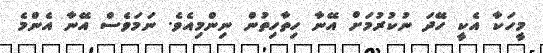
މީހަކާ އެކީ ހޭދަ ނުކުރުމަށް އޭނާ ހިތާހިތުން ނިންމިއެވެ. ނަމަވެސް އޭނާ އެންމެ